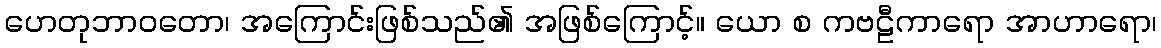
ဟေတုဘာဝတော၊ အကြောင်းဖြစ်သည်၏ အဖြစ်ကြောင့်။ ယော စ ကဗဠီကာရော အာဟာရော၊